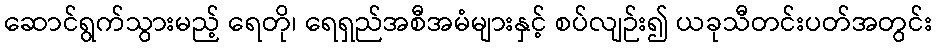
ဆောင်ရွက်သွားမည့် ရေတို၊ ရေရှည်အစီအမံများနှင့် စပ်လျဉ်း၍ ယခုသီတင်းပတ်အတွင်း